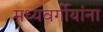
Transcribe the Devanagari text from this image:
मध्यवर्गीयांना